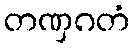
တဏှဂတံ